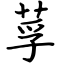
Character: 莩